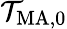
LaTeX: \mathcal{T}_{\mathrm{{MA}},0}